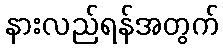
နားလည်ရန်အတွက်